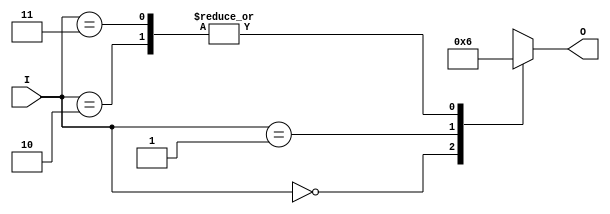
module binary_encoder (
    input wire [1:0] I, // 2 inputs (I0, I1)
    output reg [1:0] O  // 2-bit output (O0, O1)
);

// Always block to implement combinational logic
always @(*) begin
    case (I)
        2'b00: O = 2'b00; // No inputs active
        2'b01: O = 2'b01; // I1 is active
        2'b10: O = 2'b10; // I0 is active
        2'b11: O = 2'b10; // Both I0 and I1 active, priority to I0
        default: O = 2'b00; // Default case
    endcase
end

endmodule